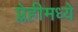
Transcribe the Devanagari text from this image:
प्लेहीमध्ये